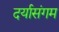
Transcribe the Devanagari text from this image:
दर्यासंगम